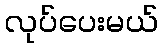
လုပ်ပေးမယ်